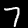
Digit: 7